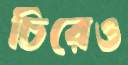
চিরেও